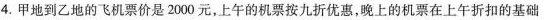
4.甲地到乙地的飞机票价是2000元，上午的机票按九折优惠，晚上的机票在上午折扣的基础